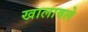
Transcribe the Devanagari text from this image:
खालावले